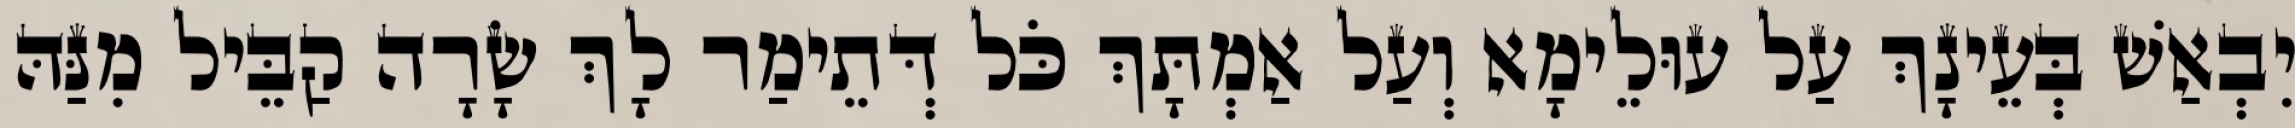
יִבְאַשׁ בְּעֵינָךְ עַל עוּלֵימָא וְעַל אַמְתָּךְ כֹּל דְּתֵימַר לָךְ שָׂרָה קַבֵּיל מִנַּהּ